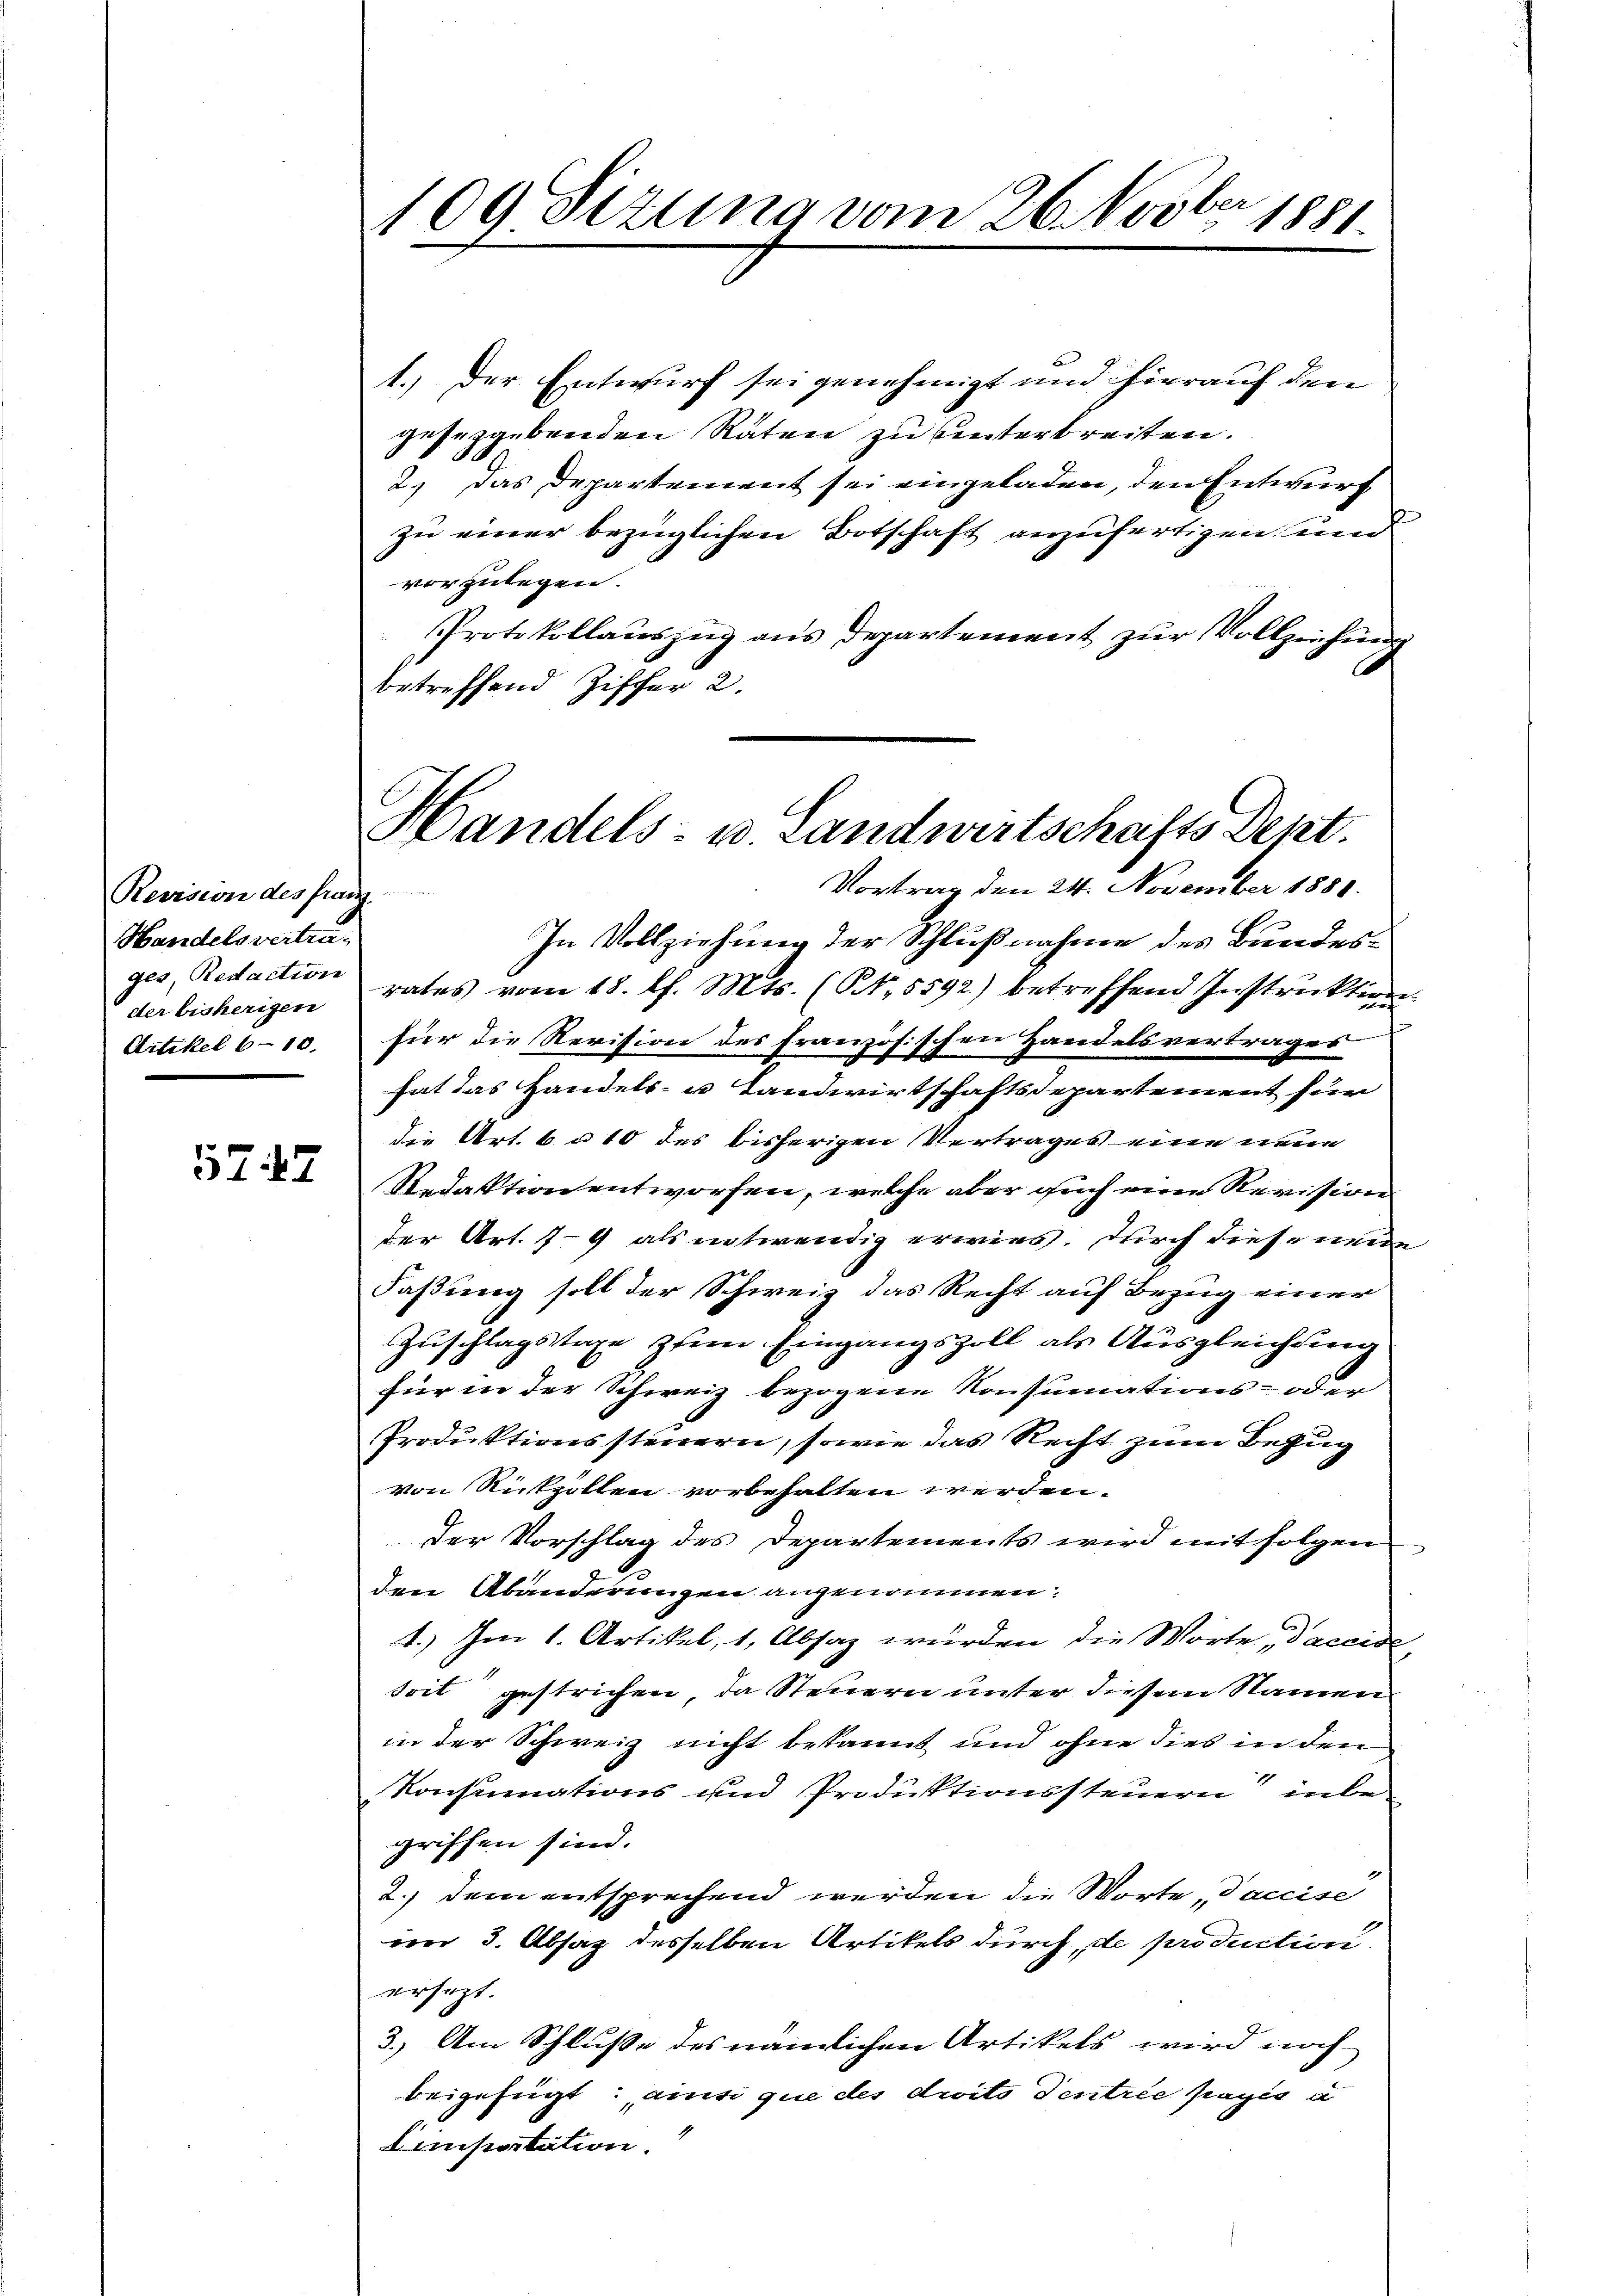
Revision des franz.
Handelsvertrader bisherigen
Artikel 610.

5747

109 Sizung vom 26. Novber 1881.

1.) Der Entwurf sei genehmigt und hierauf den
geseggebenden Raten zu unterbreiten.
2.) Das Departement sei eingeladen, den Entwurf
zu einer bezüglichen Botschaft anzufertigen und
vorzulegen.
Protokollauszug aus Departement zur Vollziehung
betreffend Ziffer 2.
In Vollziehung der Schlußnahme des Bundesges, Redaction rates vom 18. l. Mts. (NNo. 5592) betreffend Instruktion
für die Revision des französischen Handelsvertrages
hat das Handels- u Landwirtschaftsdepartement für
die Art. 6. u 10 des bisherigen Vertrages eine neue
Redaktion entworfen, welche aber auch eine Revision
der Art. 79 als notwendig erwies. Durch diese neuen
Faßung soll der Schweiz das Recht auf Bezug einer
Zuschlagstage zum Eingangszoll als Ausgleichtung
für in der Schweiz bezogene Konsumations- oder
Produktionssteuern, sowie das Recht zum Bezug
von Rückzollen vorbehalten werden.
Der Vorschlag des Departements wird mit folgen
den Abänderungen angenommen:
1.) Im 1. Artikel, 1, Absaz wurden die Worte, daccise,
srit gestrichen, da Steuern unter diesem Namen
in der Schweiz nicht bekannt und ohne dies in den
Konsumations und Produktionssteuern inbegriffen sind.
2.) dem entsprechend werden die Worte Vaccise
im 3. Absag desselben Artikels durch, de production
ersezt.
3.) Am Schlusse des nämlichen Artikels wird noch
beigefügt: ainsi que des droits destrie frages u
Linipastation.

Handels- u. Landwirtschafts Dept.
Vortrag den 24. November 1881.